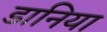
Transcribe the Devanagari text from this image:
डानिया